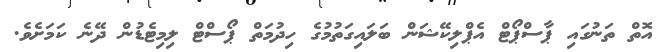
އޮތް ތަނުގައި ޕާސްޕޯޓް އެޕްލިކޭޝަން ބަލައިގަތުމުގެ ހިދުމަތް ޕޯސްޓް ލިމިޓެޑުން ދޭނެ ކަމަށެވެ.